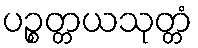
ပဉ္စတ္တယသုတ္တံ